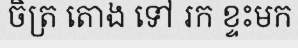
ចិត្រ តោង ទៅ រក ខ្ទះមក